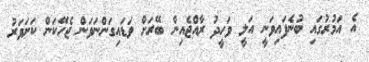
އެ އަމުރުގައި ބުނެފައިވަނީ އަލީ ވަހީދު ރާއްޖެއިން ބޭރަށް ވަޑައިގަންނަވަން ޖެހޭކަން ކަށަވަރު